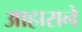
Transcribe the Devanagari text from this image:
आहाराने